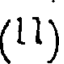
(11)